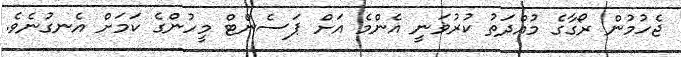
ޖެހުމުން ރޯގާގެ މުއްދަތު ކުރުވަނީ އެންމެ އަށް ޕަސެންޓް މީހުންގެ ކަމަށް އެނގުނެވެ.